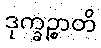
ဒုက္ခဉ္စာတိ